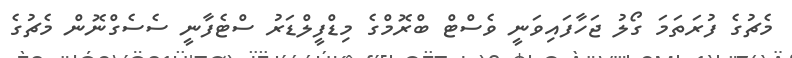
މެޗުގެ ފުރަތަމަ ގޯލު ޖަހާފައިވަނީ ވެސްޓް ބްރޮމްގެ މިޑްފީލްޑަރު ސްޓެފާނީ ސެސެގްނޮން މެޗުގެ